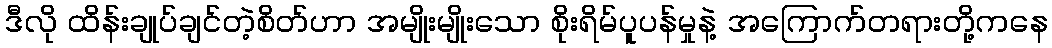
ဒီလို ထိန်းချုပ်ချင်တဲ့စိတ်ဟာ အမျိုးမျိုးသော စိုးရိမ်ပူပန်မှုနဲ့ အကြောက်တရားတို့ကနေ